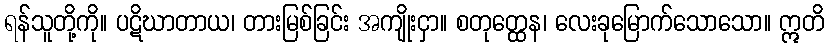
ရန်သူတို့ကို။ ပဋိဃာတာယ၊ တားမြစ်ခြင်း အကျိုးငှာ။ စတုတ္ထေန၊ လေးခုမြောက်သောသော။ ဣတိ